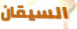
السيقان